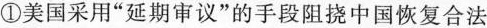
①美国采用”延期审议”的手段阻挠中国恢复合法